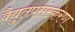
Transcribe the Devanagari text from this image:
वैद्युतप्रसंस्करण